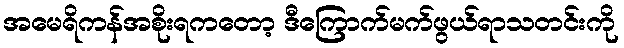
အမေရိကန်အစိုးရကတော့ ဒီကြောက်မက်ဖွယ်ရာသတင်းကို